Plague in India, 1896, 1897 - Volume 3
Year: 1896
Disease focus: Plague
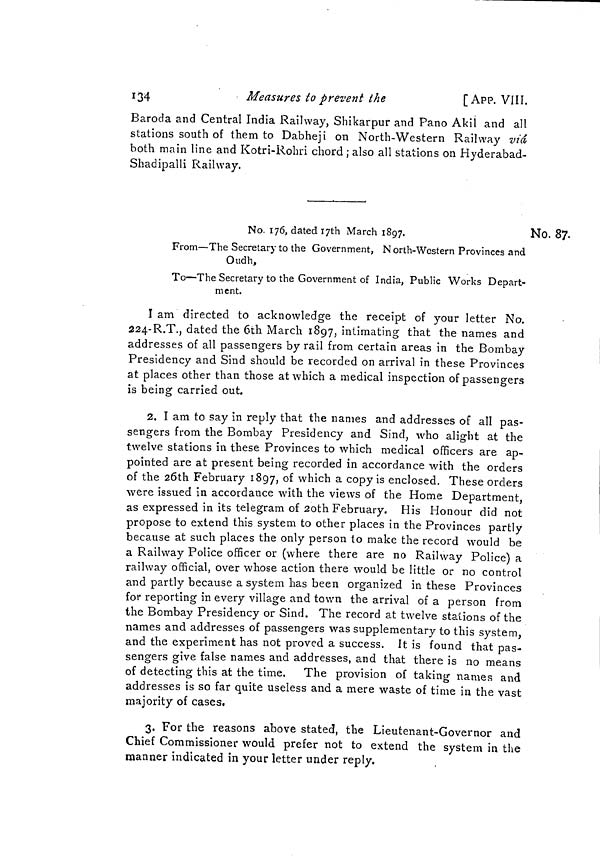
134
Measures to prevent the
[ APP. V1II.
Baroda and Central India Railway, Shikarpur and Paño Akil and all
stations south of them to Dabheji on North-Western Railway via
both main line and Kotri-Rohri chord ; also all stations on Hyderabad-
Shadipalli Railway.
No. 87.
No. 176, dated I7th March 1897.
From—The Secretary to the Government, North-Western Provinces and
Oudh,
To—The Secretary to the Government of India, Public Works Depart-
ment.
I am directed to acknowledge the receipt of your letter No.
224-R.T., dated the 6th March 1897, intimating that the names and
addresses of all passengers by rail from certain areas in the Bombay
Presidency and Sind should be recorded on arrival in these Provinces
at places other than those at which a medical inspection of passengers
is being carried out.
2. I am to say in reply that the names and addresses of all pas-
sengers from the Bombay Presidency and Sind, who alight at the
twelve stations in these Provinces to which medical officers are ap-
pointed are at present being recorded in accordance with the orders
of the 26th February 1897, of which a copy is enclosed. These orders
were issued in accordance with the views of the Home Department,
as expressed in its telegram of 2oth February. His Honour did not
propose to extend this system to other places in the Provinces partly
because at such places the only person to make the record would be
a Railway Police officer or (where there are no Railway Police) a
railway official, over whose action there would be little or no control
and partly because a system has been organized in these Provinces
for reporting in every village and town the arrival of a person from
the Bombay Presidency or Sind. The record at twelve stations of the
names and addresses of passengers was supplementary to this system,
and the experiment has not proved a success. It is found that pas-
sengers give false names and addresses, and that there is no means
of detecting this at the time. The provision of taking names and
addresses is so far quite useless and a mere waste of time in the vast
majority of cases.
3. For the reasons above stated, the Lieutenant-Governor and
Chief Commissioner would prefer not to extend the system in the
manner indicated in your letter under reply.